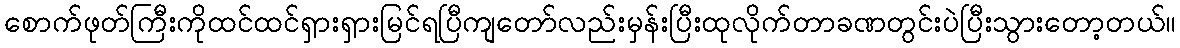
စောက်ဖုတ်ကြီးကိုထင်ထင်ရှားရှားမြင်ရပြီကျတော်လည်းမှန်းပြီးထုလိုက်တာခဏတွင်းပဲပြီးသွားတော့တယ်။